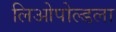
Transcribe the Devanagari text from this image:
लिओपोल्डला